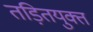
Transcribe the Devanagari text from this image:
तड़ितयुक्त